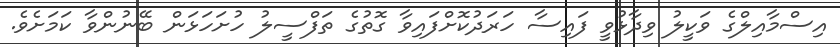
އިސްމާއިލްގެ ވަކީލު ވިދާޅުވީ ފައިސާ ހަރަދުކޮށްފައިވާ ގޮތުގެ ތަފްސީލު ހުށަހަޅަން ބޭނުންވާ ކަމަށެވެ.